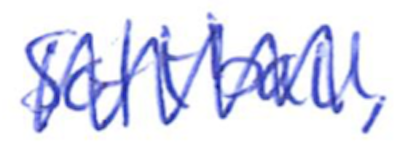
Text: Softball,
Cross-out: mix
Writing tool: ballpoint